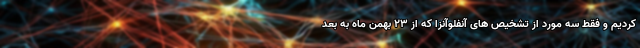
کردیم و فقط سه مورد از تشخیص های آنفلوآنزا که از ۲۳ بهمن ماه به بعد